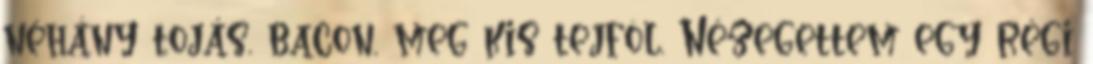
néhány tojás, bacon, meg kis tejföl. Nézegettem egy régi